Vaccine operations Central Provinces & Berar 1922-1929 - 1922-1929
Year: 1922
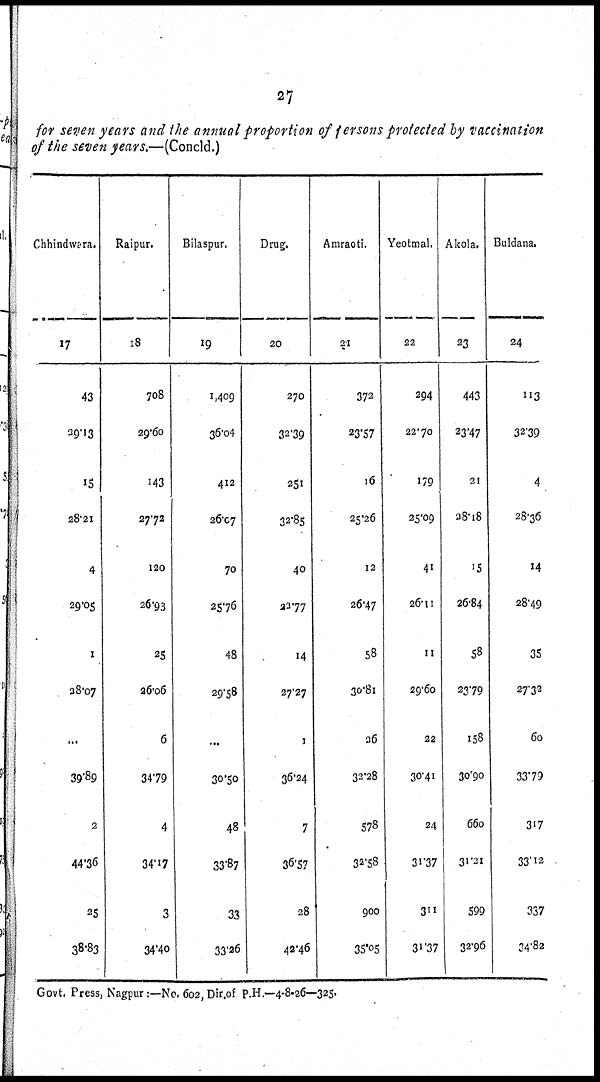
27
for seven years and the annual proportion of persons protected by vaccination
of the seven years.—(Concld.)
Chhindwara.
17
43
29.13
15
28.21
4
29.05
1
28.07
...
39.89
2
44.36
25
38.83
Raipur.
18
708
29.60
143
27.72
120
26.93
25
26.06
6
34.79
4
34.17
3
34.40
Bilaspur.
19
1,409
36.04
412
26.07
70
25.76
48
29.58
...
30.50
48
33.87
33
33.26
Drug.
20
270
32.39
251
32.85
40
22.77
14
27.27
1
36.24
7
36.57
28
42.46
Amraoti.
21
372
23.57
16
25.26
12
26.47
58
30.81
26
32.28
578
32.58
900
35.05
Yeotmal.
22
294
22.70
179
25.09
41
26.11
11
29.60
22
30.41
24
31.37
311
31.37
Akola.
23
443
23.47
21
28.18
15
26.84
58
23.79
158
30.90
660
31.21
599
32.96
Buldana.
24
113
32.39
4
28.36
14
28.49
35
27.32
60
33.79
317
33.12
337
34.82
Govt. Press, Nagpur:—No. 602, Dir.of P.H.—4-8-26—325.